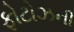
ફોટોઝની